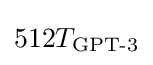
512T_{\text{GPT-3}}